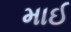
માઈ